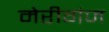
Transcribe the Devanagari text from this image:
मेरीगंज